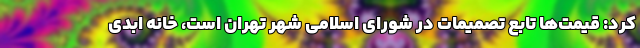
کرد: قیمت‌ها تابع تصمیمات در شورای اسلامی شهر تهران است، خانه ابدی